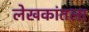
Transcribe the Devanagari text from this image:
लेखकांतला